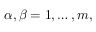
\alpha , \beta = 1 , \ldots , m ,